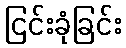
ငြင်းခုံခြင်း